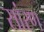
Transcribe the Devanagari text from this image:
सांरण